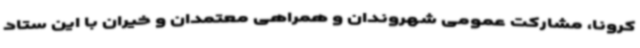
کرونا، مشارکت عمومی شهروندان و همراهی معتمدان و خیران با این ستاد